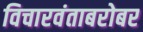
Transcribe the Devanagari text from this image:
विचारवंताबरोबर